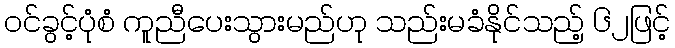
ဝင်ခွင့်ပုံစံ ကူညီပေးသွားမည်ဟု သည်းမခံနိုင်သည့် ၆၂ဖြင့်